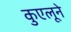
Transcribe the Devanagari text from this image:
कुएलूने